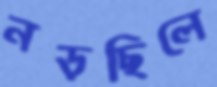
নড়ছিলে